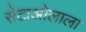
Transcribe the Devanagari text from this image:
सेंटाओलाला